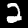
Label: 2